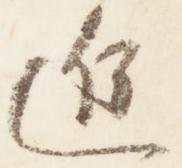
進